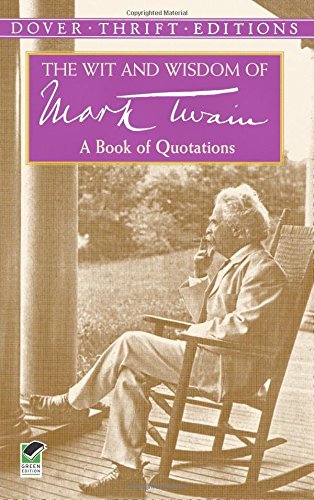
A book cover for The Wit and Wisdom of Mark Twain: A Book of Quotations (Dover Thrift Editions); Mark Twain; Literature & Fiction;